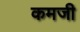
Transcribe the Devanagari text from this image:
कमजी